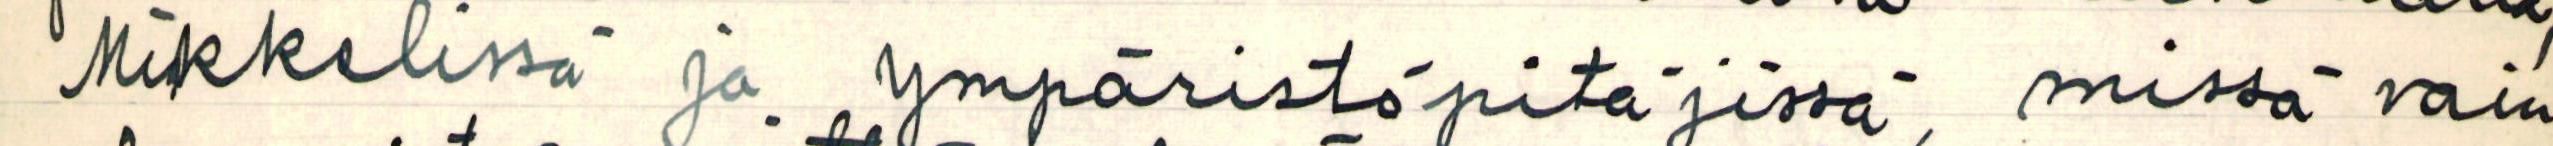
Mikkelissä ja ympäristöpitäjissä, missä vain